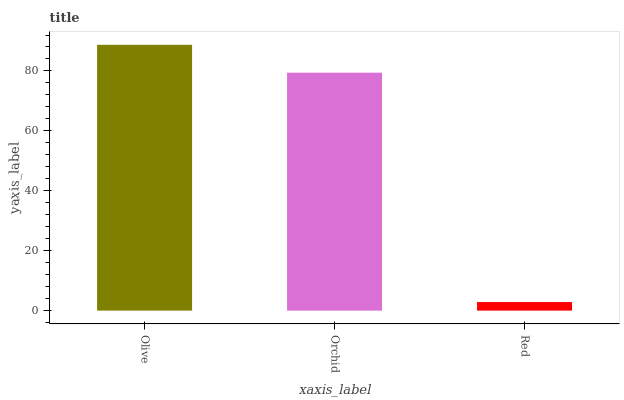
| xaxis_label | bars |
 | --- | --- |
 | Olive | 88.7 |
 | Orchid | 79.4 |
 | Red | 2.86 |